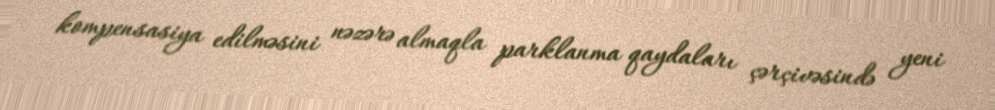
kompensasiya edilməsini nəzərə almaqla parklanma qaydaları çərçivəsində yeni